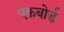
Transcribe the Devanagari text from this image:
एकबोर्ड